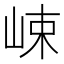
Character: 𡷽